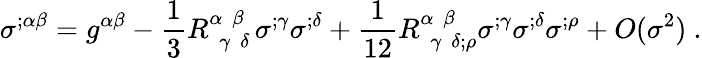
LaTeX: \sigma^{;\alpha\beta}=g^{\alpha\beta}-\frac{1}{3}R_{~~\gamma~~\delta}^{\alpha~~\beta~~}\sigma^{;\gamma}\sigma^{;\delta}+\frac{1}{12}R_{~~\gamma~~\delta;\rho}^{\alpha~~\beta~~}\sigma^{;\gamma}\sigma^{;\delta}\sigma^{;\rho}+O(\sigma^{2})~.